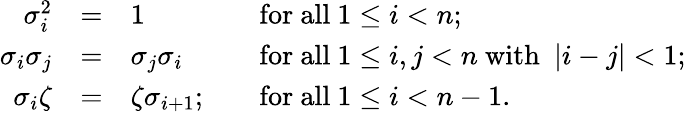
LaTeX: \begin{array}{rcll}{\sigma_{i}^{2}}&{=}&{1}&{\quad\mathrm{for~all\ }1\leq i<n;}\\ {\sigma_{i}\sigma_{j}}&{=}&{\sigma_{j}\sigma_{i}}&{\quad\mathrm{for~all\ }1\leq i,j<n\mathrm{\ with\ ~}|i-j|<1;}\\ {\sigma_{i}\zeta}&{=}&{\zeta\sigma_{i+1};}&{\quad\mathrm{for~all\ }1\leq i<n-1.}\end{array}